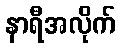
နာရီအလိုက်